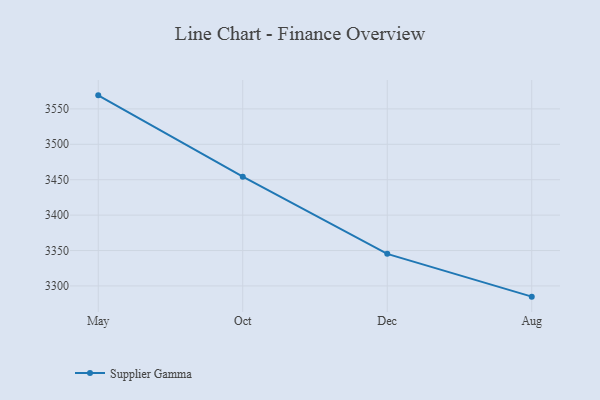
{"axis": {"x": "Month", "y": "Market Share (%)"}, "legend": ["Supplier Gamma"], "data": [{"x": "May", "y": 3569.1, "type": "Supplier Gamma"}, {"x": "Oct", "y": 3454.2, "type": "Supplier Gamma"}, {"x": "Dec", "y": 3345.3, "type": "Supplier Gamma"}, {"x": "Aug", "y": 3284.9, "type": "Supplier Gamma"}]}